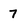
Character: 7